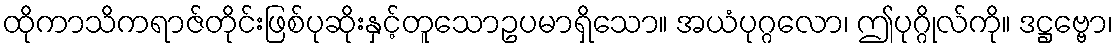
ထိုကာသိကရာဇ်တိုင်းဖြစ်ပုဆိုးနှင့်တူသောဥပမာရှိသော။ အယံပုဂ္ဂလော၊ ဤပုဂ္ဂိုလ်ကို။ ဒဋ္ဌဗ္ဗော၊